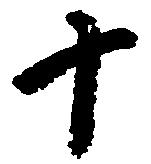
十